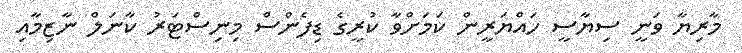
މާރިޔާ ވަނީ ސިޔާސީ ހައްޔަރީން ކަމަށްވާ ކުރީގެ ޑިފެންސް މިނިސްޓަރު ކާނަލް ނާޒިމާއި